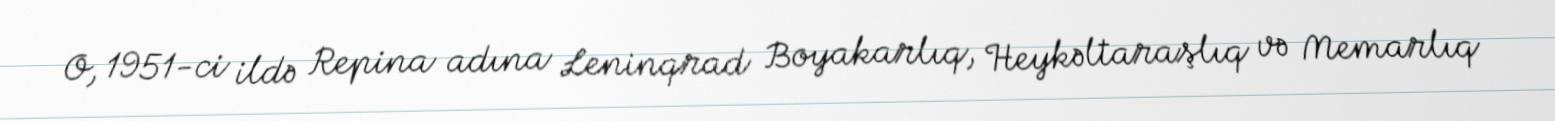
O, 1951-ci ildə Repina adına Leninqrad Boyakarlıq, Heykəltaraşlıq və Memarlıq